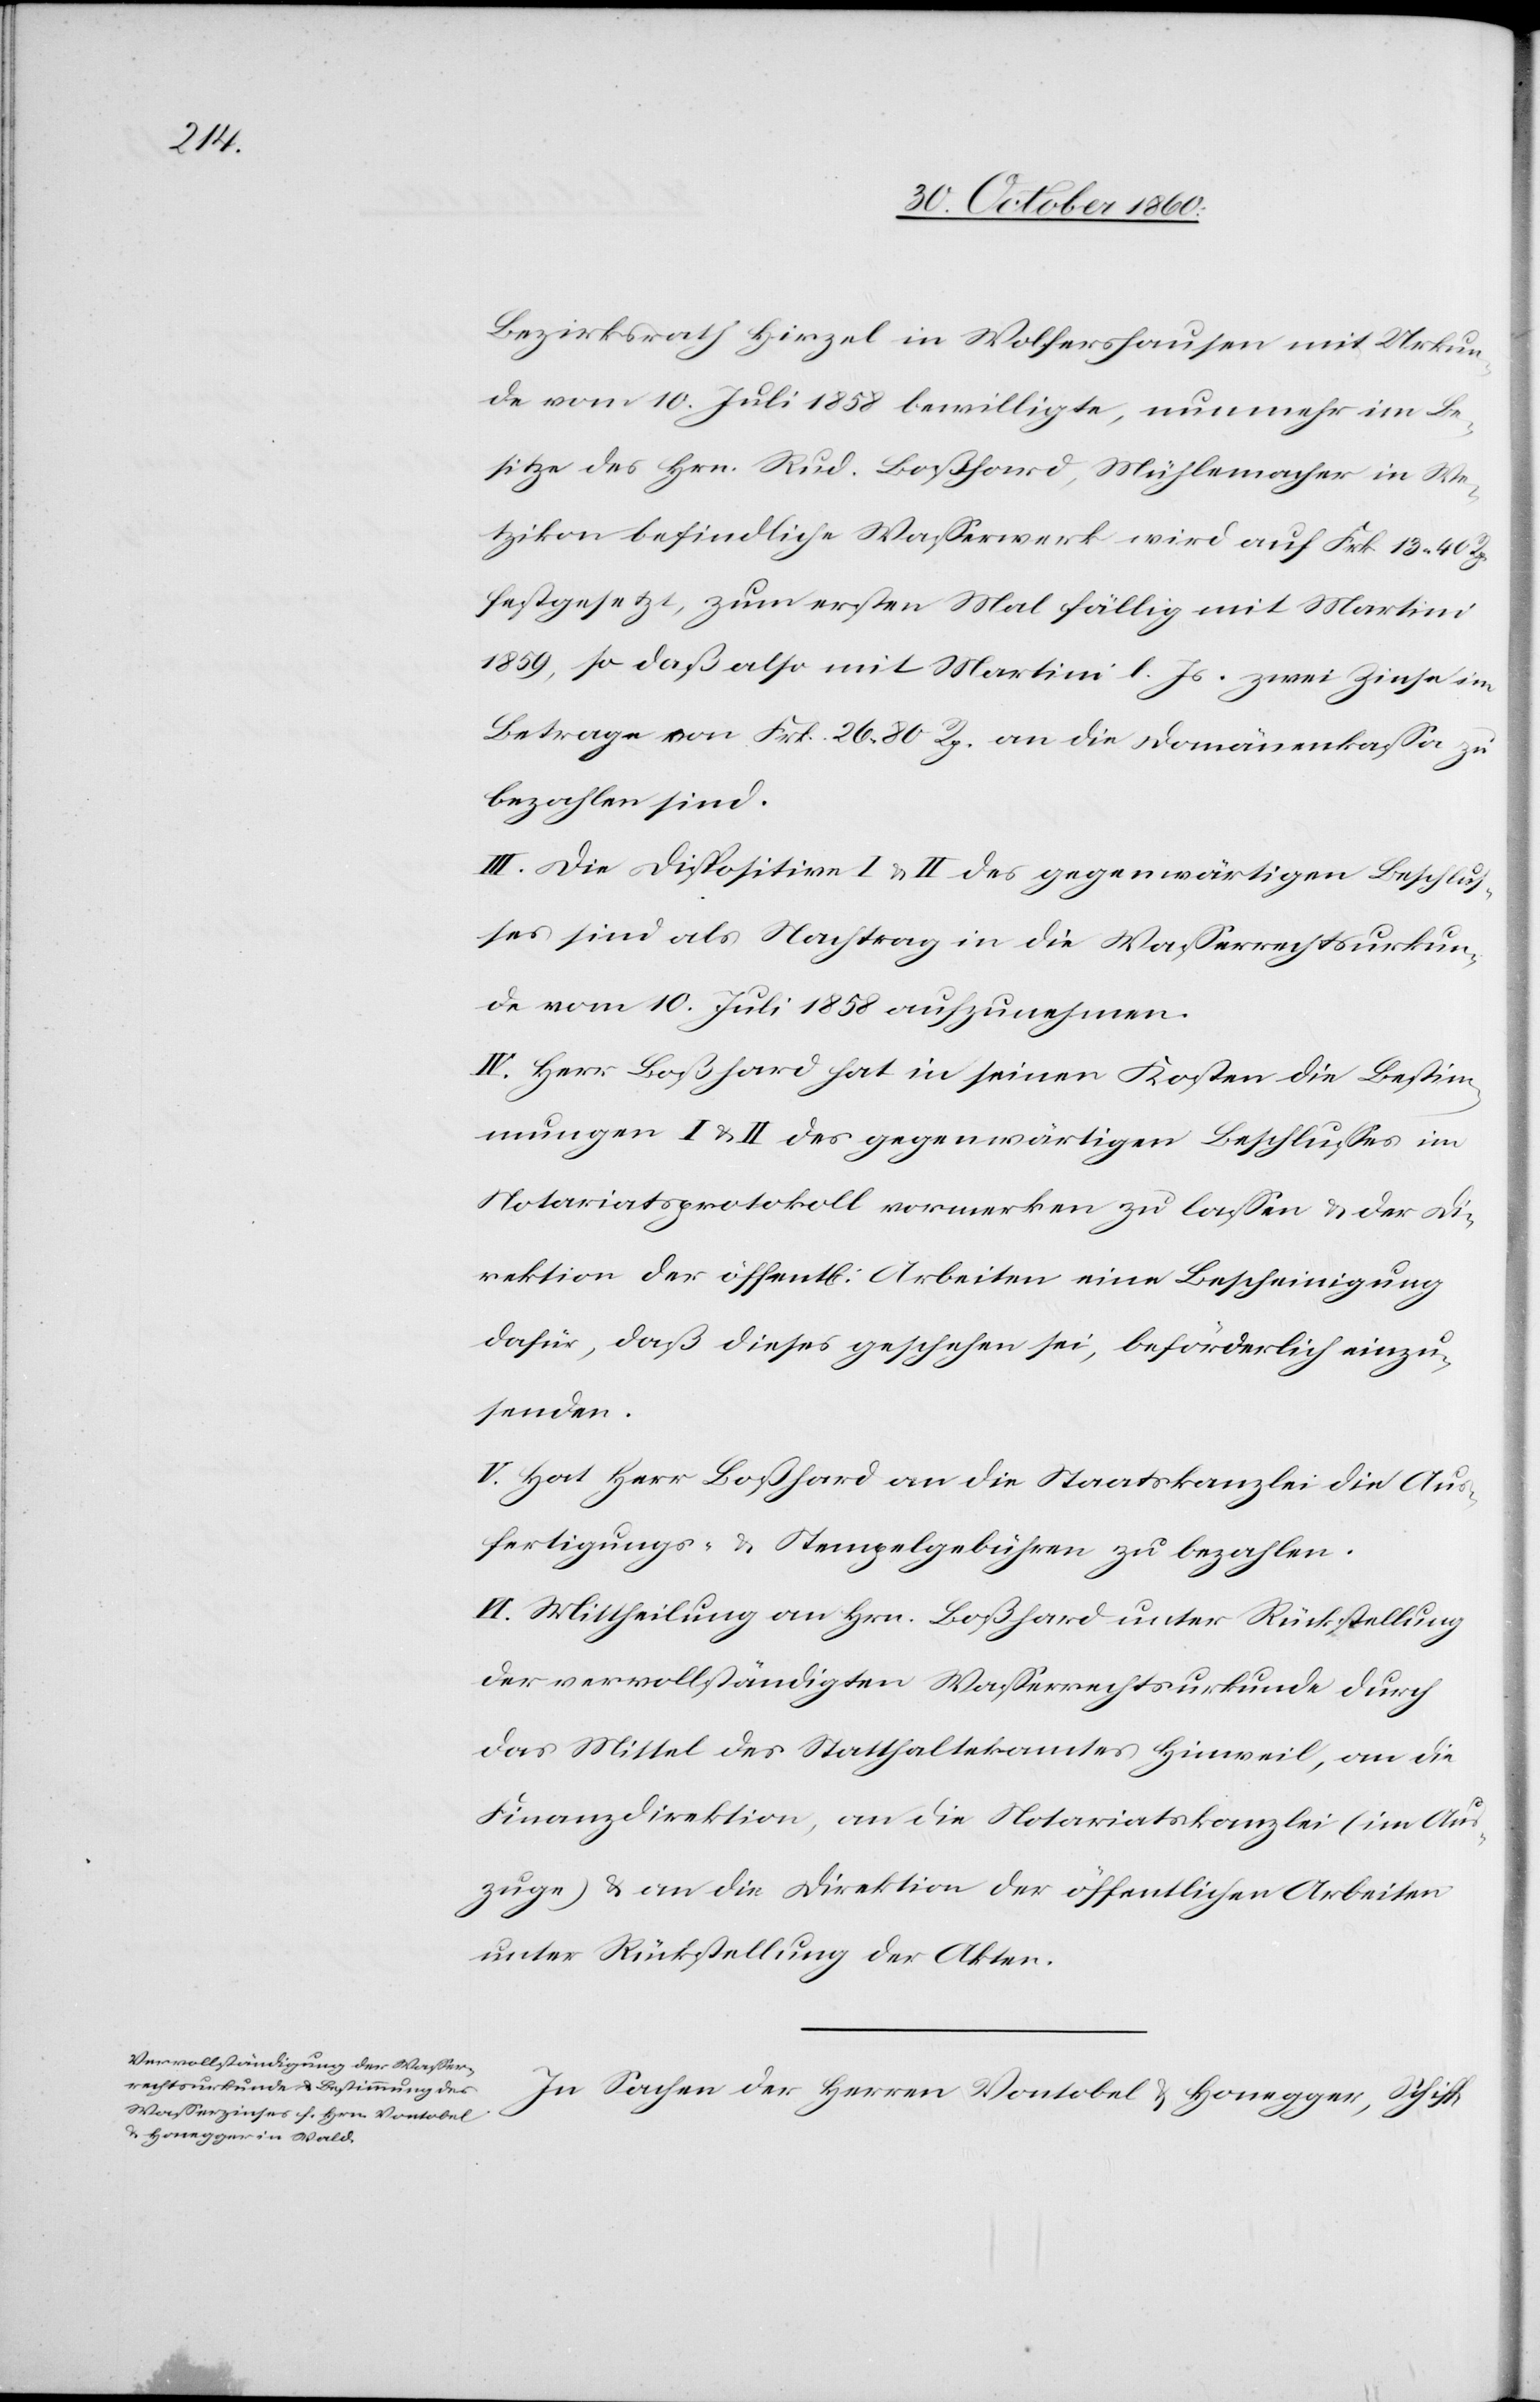
Bezirksrath Hirzel in Wolfershausen mit Urkun¬
de vom 10. Juli 1858 bewilligte, nunmehr im Be¬
sitze des Hrn. Rud. Boßhard, Mühlemacher in We¬
tzikon befindliche Wasserwerk wird auf Frk. 14 40 Rp.
festgesetzt, zum ersten Mal fällig mit Martini
1859, so daß also mit Martini l. Js. zwei Zinse im
Betrage von Frk. 26 80 Rp. an die Domänenkassa zu
bezahlen sind.
III. Die Dispositive I u. II des gegenwärtigen Beschlus¬
ses sind als Nachtrag in die Wasserrechtsurkun¬
de vom 10. Juli 1858 aufzunehmen.
IV. Herr Boßhard hat in seinen Kosten die Bestim¬
mungen I u. II des gegenwärtigen Beschlusses im
Notariatsprotokoll vormerken zu lassen u. der Di¬
rektion der öffentl. Arbeiten eine Bescheinigung
dafür, daß dieses geschehen sei, beförderlich einzu¬
senden.
V. Hat Herr Boßhard an die Staatskanzlei die Aus¬
fertigungs- u. Stempelgebühren zu bezahlen.
VI. Mittheilung an Hrn. Boßhard unter Rückstellung
der vervollständigten Wasserrechtsurkunde durch
das Mittel des Statthalteramtes Hinweil, an die
Finanzdirektion, an die Notariatskanzlei (im Aus¬
zuge) u. an die Direktion der öffentlichen Arbeiten
unter Rückstellung der Akten.
In Sachen der Herren Vontobel u.- Honegger, Schiff-